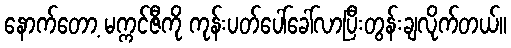
နောက်တော့ မက္ကင်ဇီကို ကုန်းပတ်ပေါ်ခေါ်လာပြီးတွန်းချလိုက်တယ်။